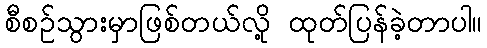
စီစဉ်သွားမှာဖြစ်တယ်လို့ ထုတ်ပြန်ခဲ့တာပါ။